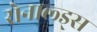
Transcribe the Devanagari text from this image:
रोनाल्ड्स